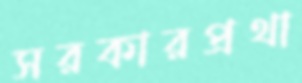
সরকারপ্রথা